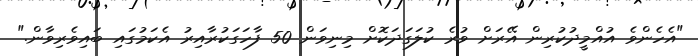
"އެހެންވެ އުއްމީދުކުރިން އޭރަށް ވުރެ ކުލަގަދަކޮށް މިިނިވަން 50 ފާހަގަކުރާއިރު އެކަމުގައި ބައިވެރިވާން."